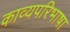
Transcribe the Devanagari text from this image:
काव्यपरिभाषा